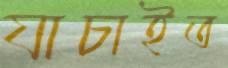
যাচাইত